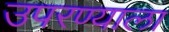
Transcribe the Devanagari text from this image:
उपरण्याला